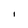
Character: l